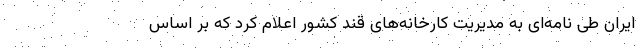
ایران طی نامه‌ای به مدیریت کارخانه‌های قند کشور اعلام کرد که بر اساس